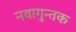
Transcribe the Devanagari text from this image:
नवागुन्तक